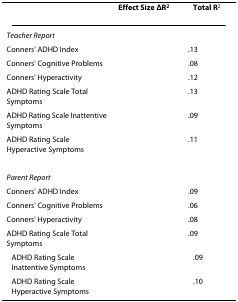
<table><thead><tr><td>[EMPTY_CELL]</td><td><b><i>Effect Size ΔR</i><sup>2</sup></b></td><td><b><i>Total R</i><sup>2</sup></b></td></tr></thead><tbody><tr><td><i>Teacher Report</i></td><td>[EMPTY_CELL]</td><td>[EMPTY_CELL]</td></tr><tr><td>Conners' ADHD Index</td><td>[EMPTY_CELL]</td><td>.13</td></tr><tr><td>Conners' Cognitive Problems</td><td>[EMPTY_CELL]</td><td>.08</td></tr><tr><td>Conners' Hyperactivity</td><td>[EMPTY_CELL]</td><td>.12</td></tr><tr><td>ADHD Rating Scale Total Symptoms</td><td>[EMPTY_CELL]</td><td>.13</td></tr><tr><td>ADHD Rating Scale Inattentive Symptoms</td><td>[EMPTY_CELL]</td><td>.09</td></tr><tr><td>ADHD Rating Scale Hyperactive Symptoms</td><td>[EMPTY_CELL]</td><td>.11</td></tr><tr><td><i>Parent Report</i></td><td>[EMPTY_CELL]</td><td>[EMPTY_CELL]</td></tr><tr><td>Conners' ADHD Index</td><td>[EMPTY_CELL]</td><td>.09</td></tr><tr><td>Conners' Cognitive Problems</td><td>[EMPTY_CELL]</td><td>.06</td></tr><tr><td>Conners' Hyperactivity</td><td>[EMPTY_CELL]</td><td>.08</td></tr><tr><td>ADHD Rating Scale Total Symptoms</td><td>[EMPTY_CELL]</td><td>.09</td></tr><tr><td>ADHD Rating Scale Inattentive Symptoms</td><td>[EMPTY_CELL]</td><td>.09</td></tr><tr><td>ADHD Rating Scale Hyperactive Symptoms</td><td>[EMPTY_CELL]</td><td>.10</td></tr></tbody></table>